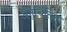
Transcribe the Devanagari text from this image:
अनुचिंतित